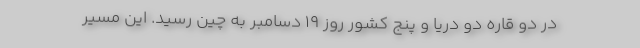
در دو قاره دو دریا و پنج کشور روز 19 دسامبر به چین رسید. این مسیر